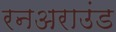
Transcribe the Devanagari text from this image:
रनअराउंड